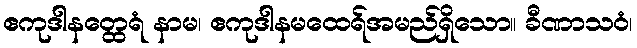
ဧကုဒါနတ္ထေရံ နာမ၊ ဧကုဒါနမထေရ်အမည်ရှိသော။ ခီဏာသဝံ၊